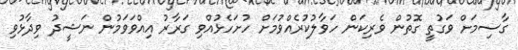
ގާސިމަށް ވަގުތީ ގޮތުން ވެރިކަން ހަވާލުކުރެއްވުމަށް ހުށަހެޅުއްވި ގަރާރު އިއްވަވަމުން ނަޝީދު ވިދާޅުވި